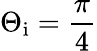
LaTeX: \Theta_{\mathrm{i}}=\frac{\pi}{4}